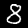
Digit: 8